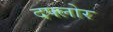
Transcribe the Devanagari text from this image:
दफ्लोर